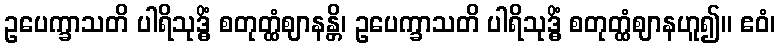
ဥပေက္ခာသတိ ပါရိသုဒ္ဓိံ စတုတ္ထံဈာနန္တိ၊ ဥပေက္ခာသတိ ပါရိသုဒ္ဓိံ စတုတ္ထံဈာနဟူ၍။ ဧဝံ၊